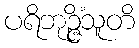
ပရိဘုဉ္ဇိံသူတိ